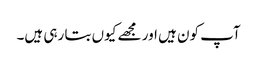
آپ کون ہیں اور مجھے کیوں بتا رہی ہیں۔